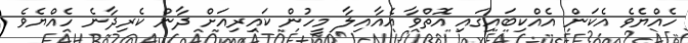
ހެއްޔެވެ އެކަން އެއްކިބައިގައި އޮތްވާ އެއާއިލާ މީހުން ކައިރިއަށް ދާން ކެރިދާނެ ހެއްޔެވެ